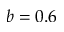
b = 0 . 6